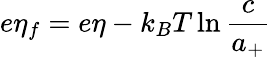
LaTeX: e\eta_{f}=e\eta-k_{B}T\ln{\frac{c}{a_{+}}}